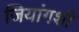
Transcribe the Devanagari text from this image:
जियांगशी